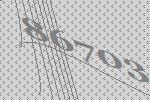
86703